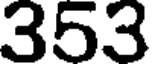
353